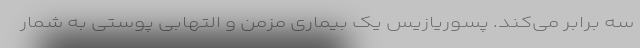
سه برابر می‌کند. پسوریازیس یک بیماری مزمن و التهابی پوستی به‌ ‌شمار